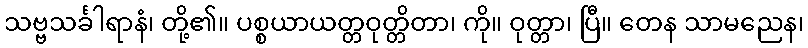
သဗ္ဗသင်္ခါရာနံ၊ တို့၏။ ပစ္စယာယတ္တဝုတ္တိတာ၊ ကို။ ဝုတ္တာ၊ ပြီ။ တေန သာမညေန၊